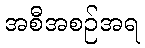
အစီအစဉ်အရ